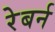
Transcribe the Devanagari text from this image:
रेबर्न